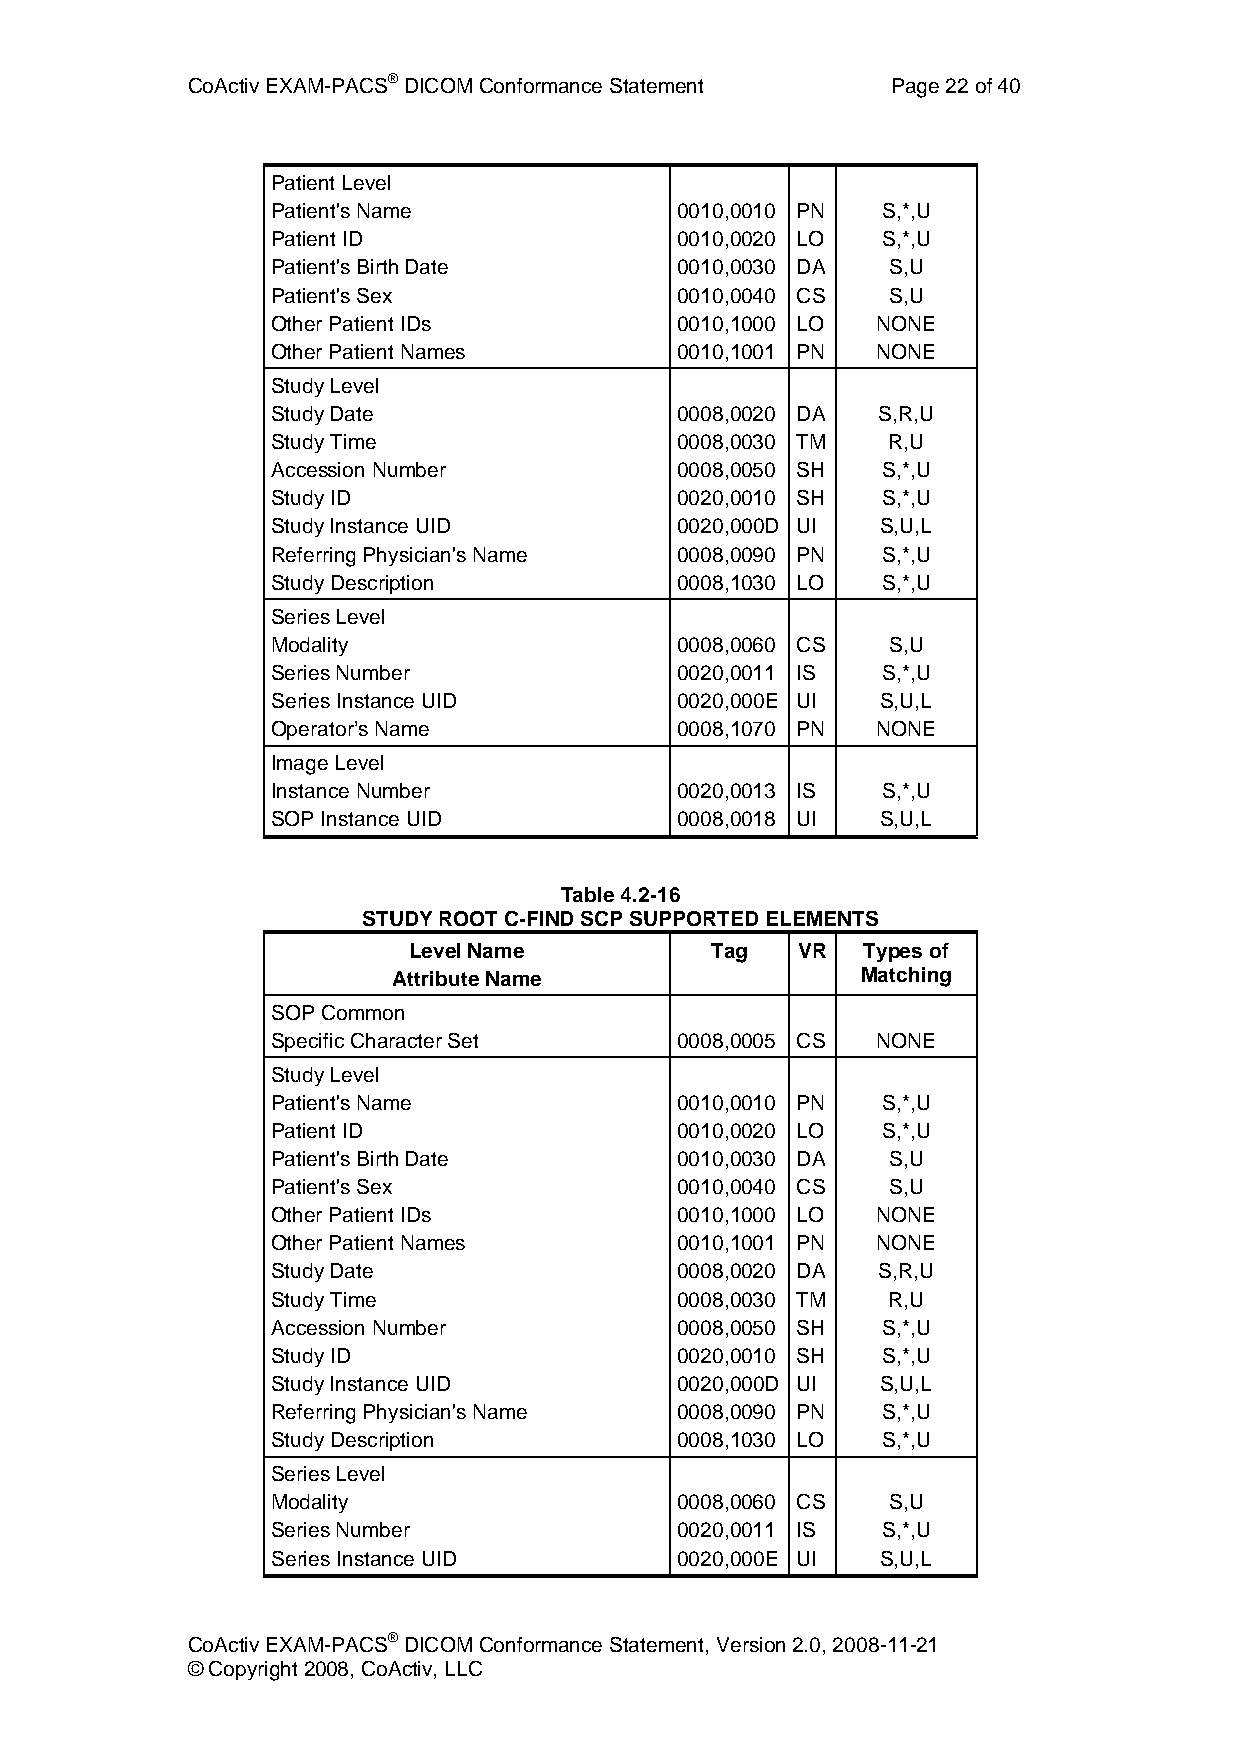
CoActiv EXAM-PACS® DICOM Conformance Statement Page 22 of 40
 Patient Level
 Patient's Name             0010,0010 PN S,*,U
 Patient ID                 0010,0020 LO S,*,U
 Patient's Birth Date       0010,0030 DA  S,U
 Patient's Sex              0010,0040 CS  S,U
 Other Patient IDs          0010,1000 LO NONE
 Other Patient Names        0010,1001 PN NONE
 Study Level
 Study Date                 0008,0020 DA S,R,U
 Study Time                 0008,0030 TM  R,U
 Accession Number           0008,0050 SH S,*,U
 Study ID                   0020,0010 SH S,*,U
 Study Instance UID         0020,000D UI S,U,L
 Referring Physician's Name 0008,0090 PN S,*,U
 Study Description          0008,1030 LO S,*,U
 Series Level
 Modality                   0008,0060 CS  S,U
 Series Number              0020,0011 IS S,*,U
 Series Instance UID        0020,000E UI S,U,L
 Operator’s Name            0008,1070 PN NONE
 Image Level
 Instance Number            0020,0013 IS S,*,U
 SOP Instance UID           0008,0018 UI S,U,L
 Table 4.2-16
 STUDY ROOT C-FIND SCP SUPPORTED ELEMENTS
 Level Name          Tag   VR  Types of
 Attribute Name                 Matching
 SOP Common
 Specific Character Set     0008,0005 CS NONE
 Study Level
 Patient's Name             0010,0010 PN S,*,U
 Patient ID                 0010,0020 LO S,*,U
 Patient's Birth Date       0010,0030 DA  S,U
 Patient's Sex              0010,0040 CS  S,U
 Other Patient IDs          0010,1000 LO NONE
 Other Patient Names        0010,1001 PN NONE
 Study Date                 0008,0020 DA S,R,U
 Study Time                 0008,0030 TM  R,U
 Accession Number           0008,0050 SH S,*,U
 Study ID                   0020,0010 SH S,*,U
 Study Instance UID         0020,000D UI S,U,L
 Referring Physician's Name 0008,0090 PN S,*,U
 Study Description          0008,1030 LO S,*,U
 Series Level
 Modality                   0008,0060 CS  S,U
 Series Number              0020,0011 IS S,*,U
 Series Instance UID        0020,000E UI S,U,L
 CoActiv EXAM-PACS® DICOM Conformance Statement, Version 2.0, 2008-11-21
 © Copyright 2008, CoActiv, LLC